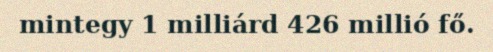
mintegy 1 milliárd 426 millió fő.